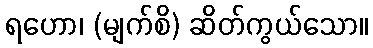
ရဟော၊ (မျက်စိ) ဆိတ်ကွယ်သော။